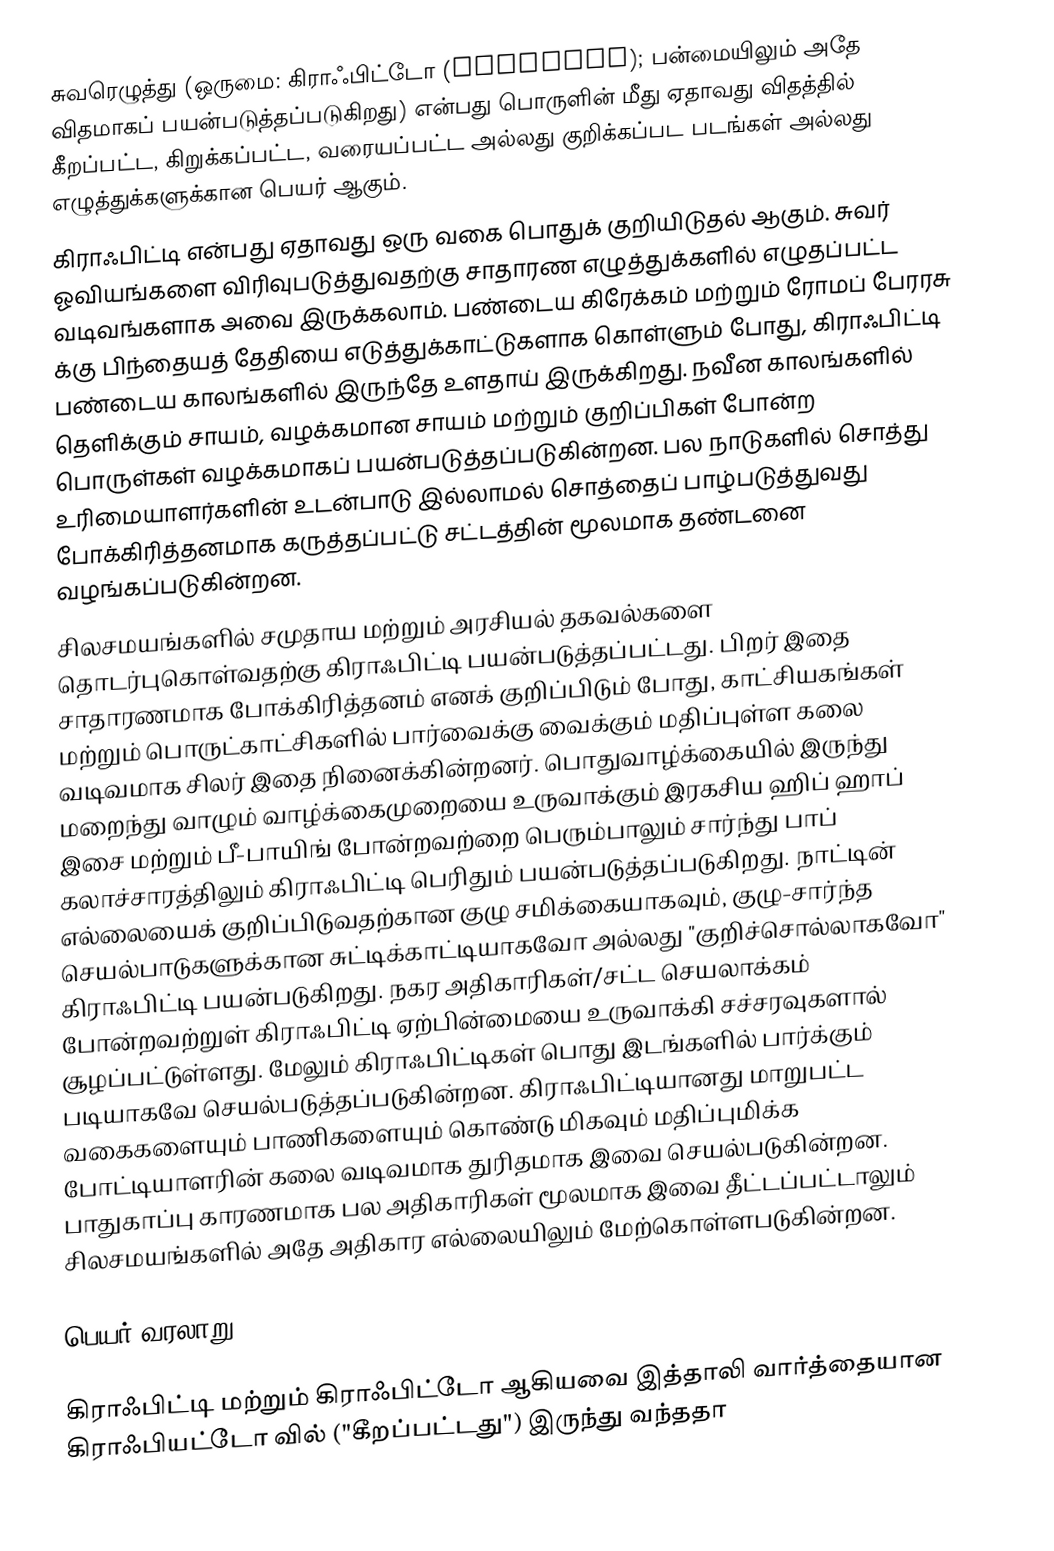
சுவரெழுத்து (ஒருமை: கிராஃபிட்டோ (graffito); பன்மையிலும் அதே விதமாகப் பயன்படுத்தப்படுகிறது) என்பது பொருளின் மீது ஏதாவது விதத்தில் கீறப்பட்ட, கிறுக்கப்பட்ட, வரையப்பட்ட அல்லது குறிக்கப்பட படங்கள் அல்லது எழுத்துக்களுக்கான பெயர் ஆகும்.
கிராஃபிட்டி என்பது ஏதாவது ஒரு வகை பொதுக் குறியிடுதல் ஆகும். சுவர் ஓவியங்களை விரிவுபடுத்துவதற்கு சாதாரண எழுத்துக்களில் எழுதப்பட்ட வடிவங்களாக அவை இருக்கலாம். பண்டைய கிரேக்கம் மற்றும் ரோமப் பேரரசு க்கு பிந்தையத் தேதியை எடுத்துக்காட்டுகளாக கொள்ளும் போது, கிராஃபிட்டி பண்டைய காலங்களில் இருந்தே உளதாய் இருக்கிறது. நவீன காலங்களில் தெளிக்கும் சாயம், வழக்கமான சாயம் மற்றும் குறிப்பிகள் போன்ற பொருள்கள் வழக்கமாகப் பயன்படுத்தப்படுகின்றன. பல நாடுகளில் சொத்து உரிமையாளர்களின் உடன்பாடு இல்லாமல் சொத்தைப் பாழ்படுத்துவது போக்கிரித்தனமாக கருத்தப்பட்டு சட்டத்தின் மூலமாக தண்டனை வழங்கப்படுகின்றன.
சிலசமயங்களில் சமுதாய மற்றும் அரசியல் தகவல்களை தொடர்புகொள்வதற்கு கிராஃபிட்டி பயன்படுத்தப்பட்டது. பிறர் இதை சாதாரணமாக போக்கிரித்தனம் எனக் குறிப்பிடும் போது, காட்சியகங்கள் மற்றும் பொருட்காட்சிகளில் பார்வைக்கு வைக்கும் மதிப்புள்ள கலை வடிவமாக சிலர் இதை நினைக்கின்றனர். பொதுவாழ்க்கையில் இருந்து மறைந்து வாழும் வாழ்க்கைமுறையை உருவாக்கும் இரகசிய ஹிப் ஹாப் இசை மற்றும் பீ-பாயிங் போன்றவற்றை பெரும்பாலும் சார்ந்து பாப் கலாச்சாரத்திலும் கிராஃபிட்டி பெரிதும் பயன்படுத்தப்படுகிறது. நாட்டின் எல்லையைக் குறிப்பிடுவதற்கான குழு சமிக்கையாகவும், குழு-சார்ந்த செயல்பாடுகளுக்கான சுட்டிக்காட்டியாகவோ அல்லது "குறிச்சொல்லாகவோ" கிராஃபிட்டி பயன்படுகிறது. நகர அதிகாரிகள்/சட்ட செயலாக்கம் போன்றவற்றுள் கிராஃபிட்டி ஏற்பின்மையை உருவாக்கி சச்சரவுகளால் சூழப்பட்டுள்ளது. மேலும் கிராஃபிட்டிகள் பொது இடங்களில் பார்க்கும் படியாகவே செயல்படுத்தப்படுகின்றன. கிராஃபிட்டியானது மாறுபட்ட வகைகளையும் பாணிகளையும் கொண்டு மிகவும் மதிப்புமிக்க போட்டியாளரின் கலை வடிவமாக துரிதமாக இவை செயல்படுகின்றன. பாதுகாப்பு காரணமாக பல அதிகாரிகள் மூலமாக இவை தீட்டப்பட்டாலும் சிலசமயங்களில் அதே அதிகார எல்லையிலும் மேற்கொள்ளபடுகின்றன.

பெயர் வரலாறு

கிராஃபிட்டி மற்றும் கிராஃபிட்டோ ஆகியவை இத்தாலி வார்த்தையான கிராஃபியட்டோ வில் ("கீறப்பட்டது") இருந்து வந்ததா